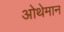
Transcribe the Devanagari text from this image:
ओथेमान